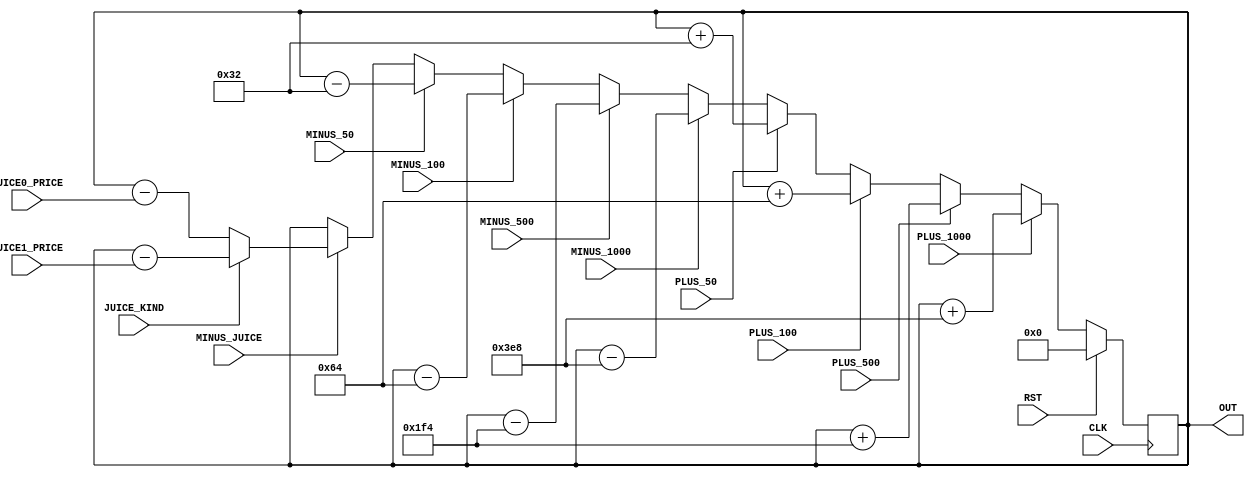
`timescale 1ns / 1ps
module MONEY_REG( CLK,
						PLUS_1000, PLUS_500, PLUS_100, PLUS_50,
						MINUS_1000, MINUS_500, MINUS_100, MINUS_50,
						RST,
						MINUS_JUICE,
						JUICE0_PRICE,
						JUICE1_PRICE,
						JUICE_KIND,
						OUT
    );

input CLK;
input PLUS_1000, PLUS_500, PLUS_100, PLUS_50, MINUS_1000;
input MINUS_500, MINUS_100, MINUS_50;
input RST;
input MINUS_JUICE;
input [0:15] JUICE0_PRICE, JUICE1_PRICE;
input JUICE_KIND;
output reg [0:15] OUT;

always @(posedge CLK) begin
	if(RST) 					OUT <= 0;
	
	else if(PLUS_1000)	OUT <= OUT + 1000;
	else if(PLUS_500)		OUT <= OUT + 500;
	else if(PLUS_100)		OUT <= OUT + 100;
	else if(PLUS_50)		OUT <= OUT + 50;
	
	else if(MINUS_1000)	OUT <= OUT - 1000;
	else if(MINUS_500)	OUT <= OUT - 500;
	else if(MINUS_100)	OUT <= OUT - 100;
	else if(MINUS_50)		OUT <= OUT - 50;
	
	else if(MINUS_JUICE) begin
		if(!JUICE_KIND) 	OUT <= OUT - JUICE0_PRICE;
		else 					OUT <= OUT - JUICE1_PRICE;
	end
	
end


endmodule